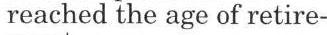
reached the age of retire-